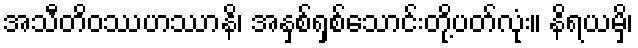
အသီတိဝဿဟဿာနိ၊ အနှစ်ရှစ်သောင်းတို့ပတ်လုံး။ နိရယမှိ၊